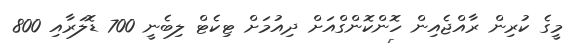
މީގެ ކުރިން ރާއްޖެއިން ހޮންކޮންގްއަށް ދިއުމަށް ޓިކެޓް ލިބެނީ 700 ޑޮލަރާއި 800